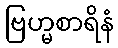
ဗြဟ္မစာရိနံ